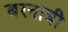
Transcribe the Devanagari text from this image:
बरनाबी